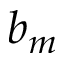
b _ { m }